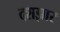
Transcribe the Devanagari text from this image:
दशझार